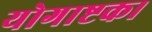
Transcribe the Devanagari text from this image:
योगाष्टक।